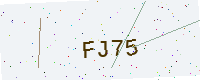
Text: FJ75